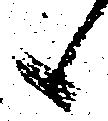
候